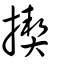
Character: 揳